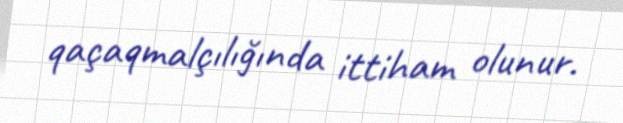
qaçaqmalçılığında ittiham olunur.